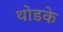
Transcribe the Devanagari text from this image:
थोडके